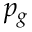
p _ { g }